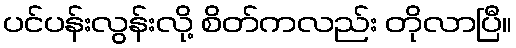
ပင်ပန်းလွန်းလို့ စိတ်ကလည်း တိုလာပြီ။